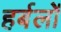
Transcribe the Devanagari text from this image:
हर्बलों